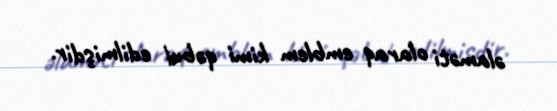
əlaməti olaraq emblem kimi qəbul edilmişdir.